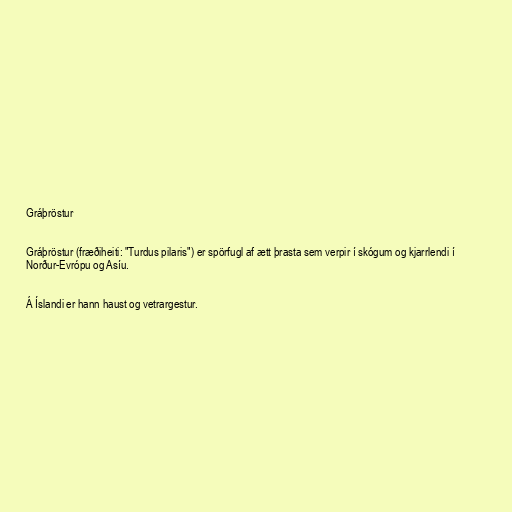
Gráþröstur

Gráþröstur (fræðiheiti: "Turdus pilaris") er spörfugl af ætt þrasta sem verpir í skógum og kjarrlendi í
Norður-Evrópu og Asíu.

Á Íslandi er hann haust og vetrargestur.